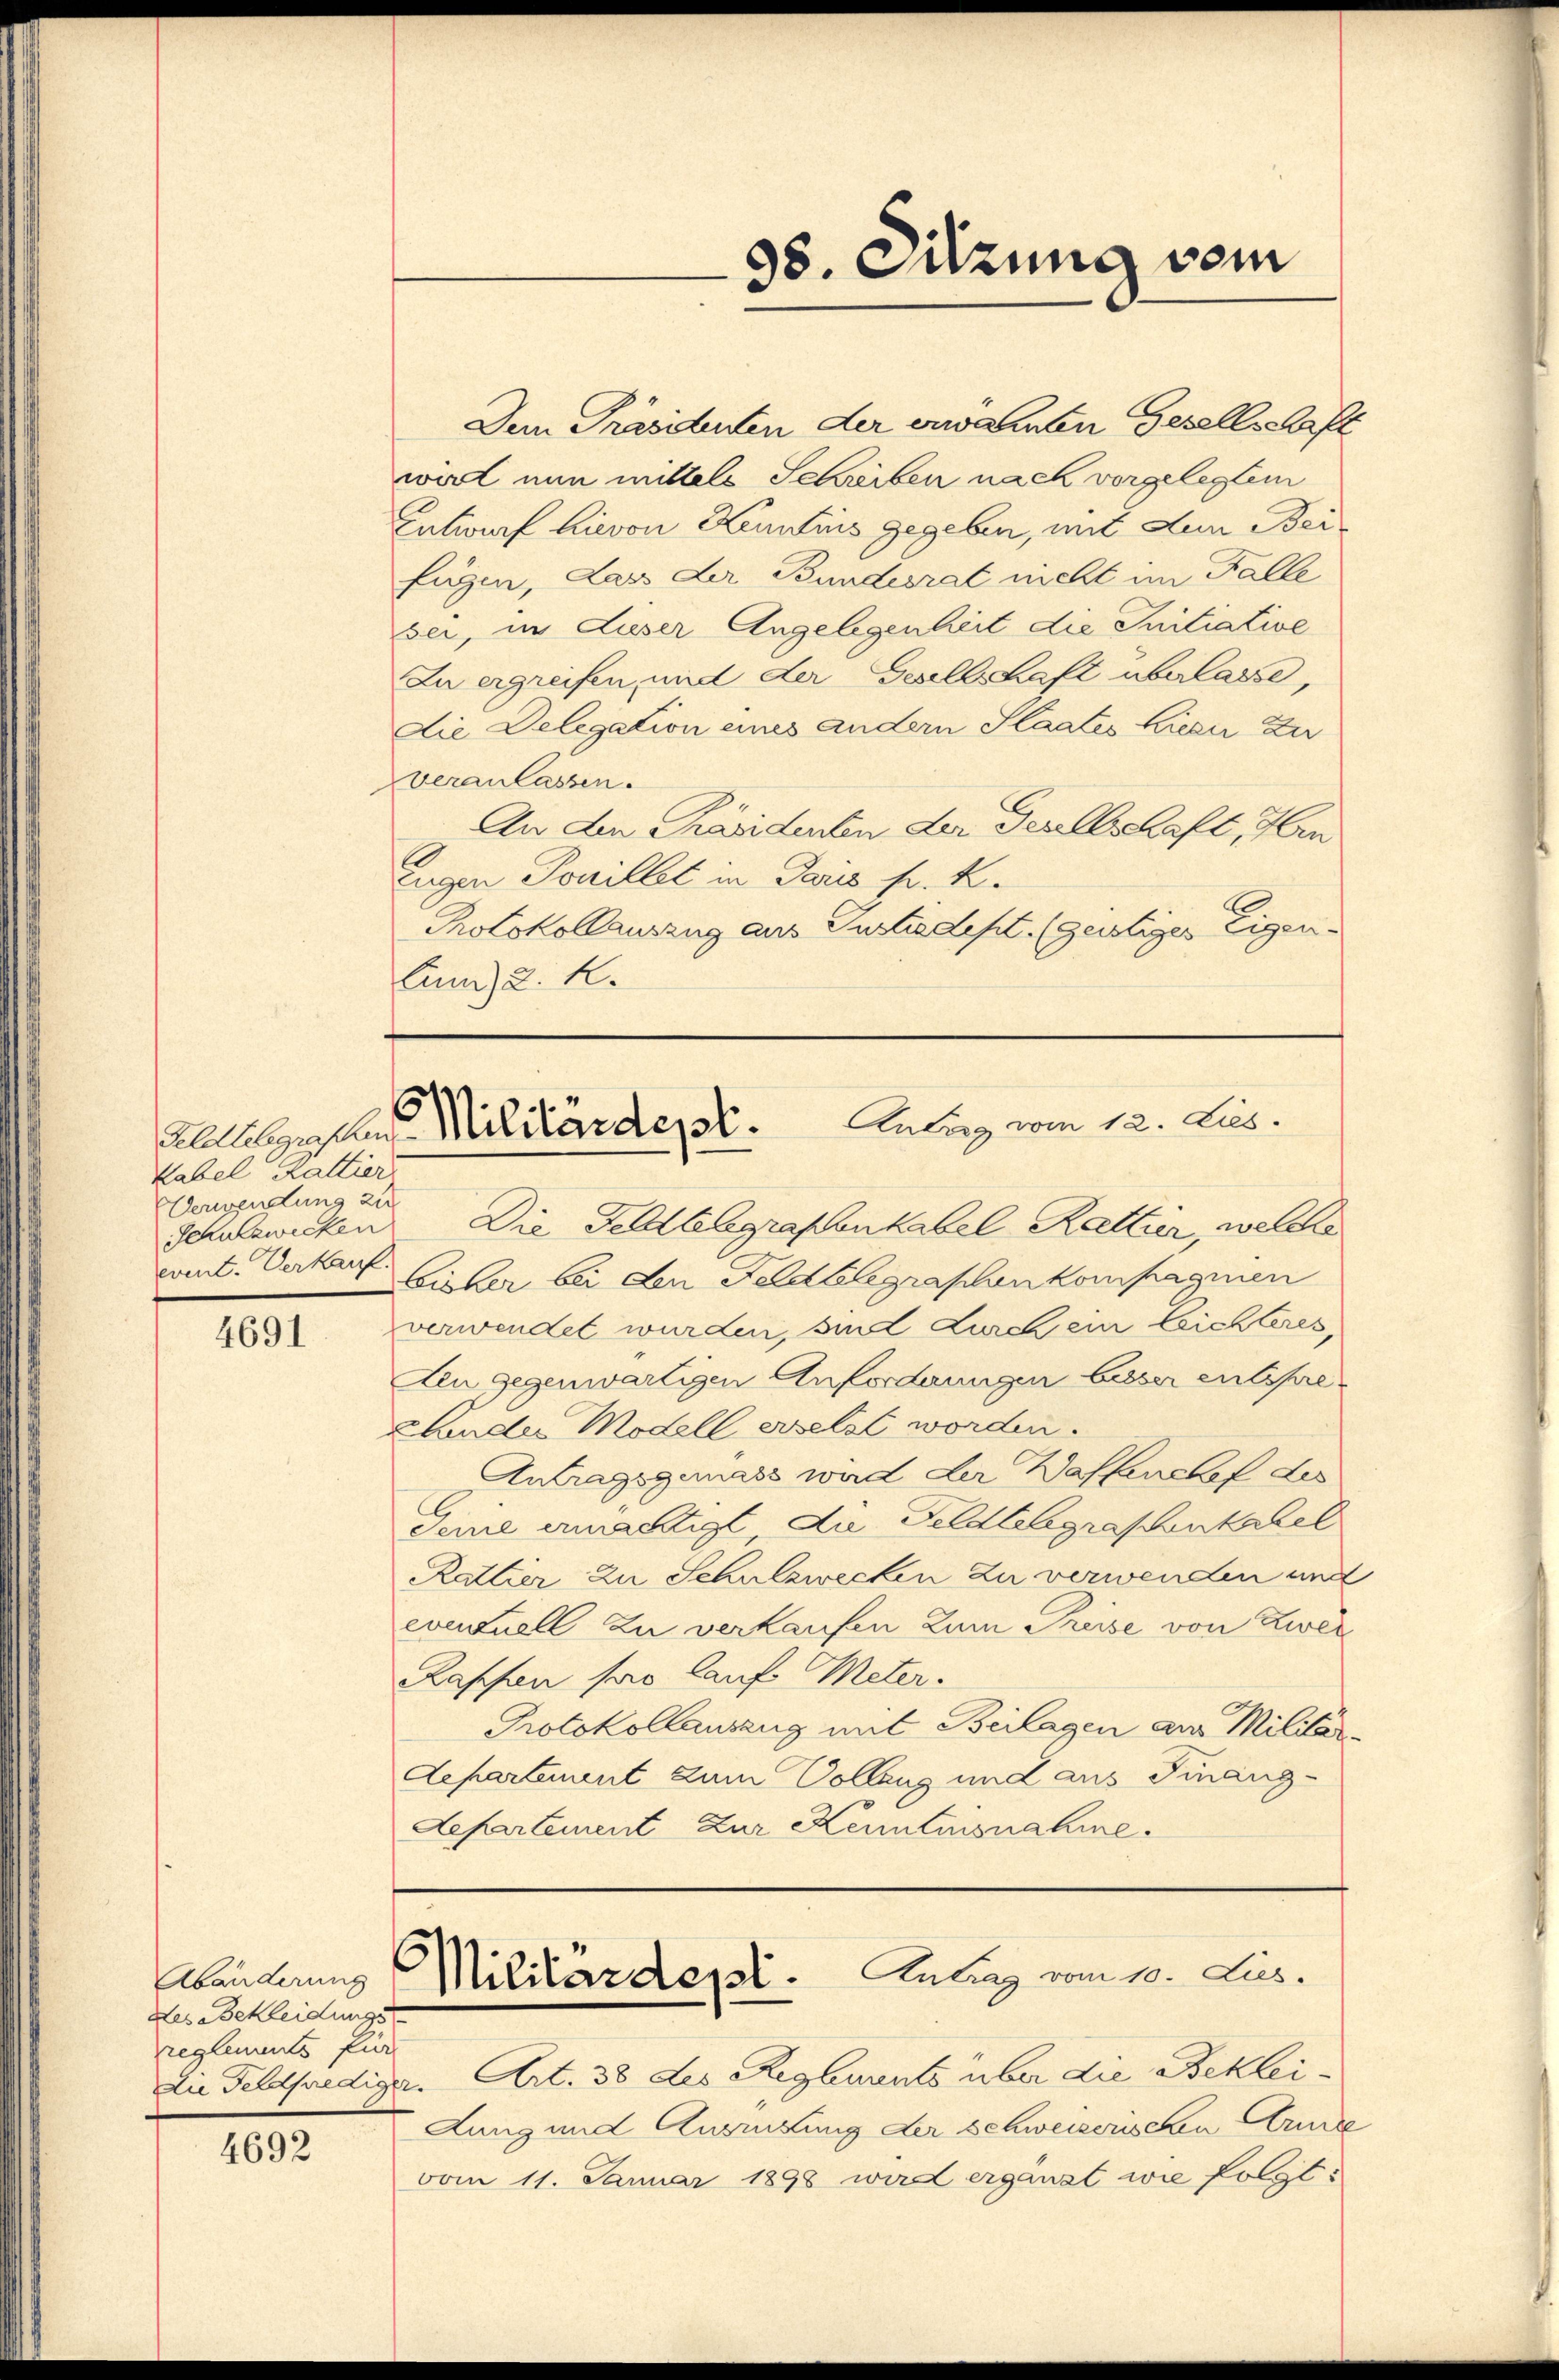
Kabel Kattier
Verwendung zu
event. Verkauf.

4691

des Bekleidungs
reglements für

4692

Dem Präsidenten der erwähnten Gesellschaft
wort nun mittels Schreiben nach vorgelegten
Entwurf hievon Kenntnis gegeben, mit der Beifügen, das der Bundesrat nicht im Falle
sei, in dieser Angelegenheit die Initiative
Zu ergreifen, und der Gesellschaft überlasse,
die Delegation eines andern Staates Lieser zu
veranlassen.
An den Präsidenten der Gesellschaft, Hin
Eugen Tonillet in Paris pr. k.
Protokollausung aus Instradept. (geistiger Eigen¬
Cum) u. k.

98. Sitzung vom

h
Antag vom 12. Lis.
lllebensten Militärdept.

Schulswicken. Die Feldbelegrafsenkabel Rattier, welche
Eisler bei den Feldbelegraphen kompagnien
verwendet wurden, sind durch ein leichteres,
Aen gegenwärtigen Anfordnungen besser entspre¬
Ebender Modell erselst worden.
Antragsgemäss wird der Waffenchef des
Seine ermächtigt, die Geldtelegrafenkabel
Rattier zu Schulzwecken zu verwenden und
contuell zu verkaufen zum Preise von Zwer
Kapfen pro lauf Meter.
Protokollauszug mit Beilagen am Militär¬
Departement zum Vollzug und aus Finanz-
Departement zur Kenntensnahme.

Abänderung Militärdept. Antrag vom 10. Jus

Zu Feldprediger. Art. 38 des Reglurents über die Beklei
Lung und Ausmitung der Schweisenschen Arme
vom 11. Januar 1898 wird ergänzt wie folgt: